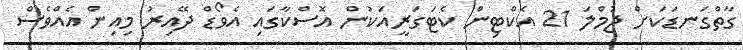
ގާތްގަނޑަކަށް ޖުމްލަ 21 އެކްޓިން ކެޓަގަރީއަކުން އޮސްކާގައި އެވޯޑް ދޭއިރު މިއިން އެއްވެސް